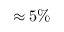
\approx 5 \%